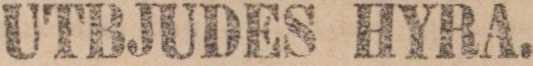
UTBJUDES HYRA.